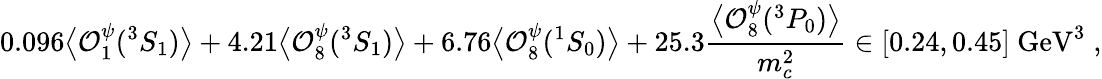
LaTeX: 0.096\big\langle{\cal O}_{1}^{\psi}(^{3}S_{1})\big\rangle+4.21\big\langle{\cal O}_{8}^{\psi}({}^{3}S_{1})\big\rangle+6.76\big\langle{\cal O}_{8}^{\psi}({}^{1}S_{0})\big\rangle+25.3{\frac{\big\langle{\cal O}_{8}^{\psi}({}^{3}P_{0})\big\rangle}{m_{c}^{2}}}\in[0.24,0.45]~\mathrm{GeV}^{3}\; ,